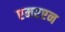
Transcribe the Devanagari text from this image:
एमएएन